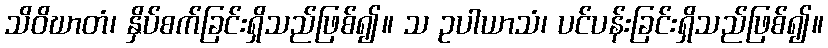
သိဝိဃာတံ၊ နှိပ်စက်ခြင်းရှိသည်ဖြစ်၍။ သ ဥပါယာသံ၊ ပင်ပန်းခြင်းရှိသည်ဖြစ်၍။